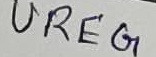
Text: UREG